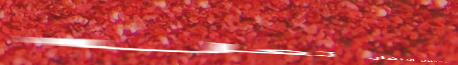
مدرسة الأطفال الصغار: تعل